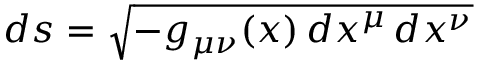
d s = { \sqrt { - g _ { \mu \nu } ( x ) \, d x ^ { \mu } \, d x ^ { \nu } } }